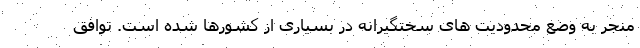
منجر به وضع محدودیت های سختگیرانه در بسیاری از کشورها شده است. توافق